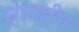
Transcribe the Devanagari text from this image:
घातहीन